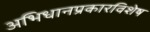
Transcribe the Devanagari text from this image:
अभिधानप्रकारविशेष